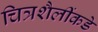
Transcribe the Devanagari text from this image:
चित्रशैलींकडे